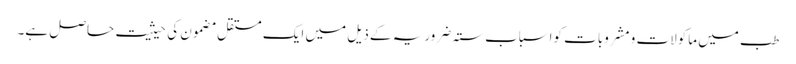
طب میں ماکولات و مشروبات کواسباب ستہ ضروریہ کے ذیل میں ایک مستقل مضمون کی حیثیت حاصل ہے۔